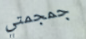
جمجمتي